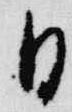
日